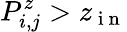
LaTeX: P_{i,j}^{z}>z_{\mathrm{~i~n~}}